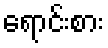
ရောင်းစား